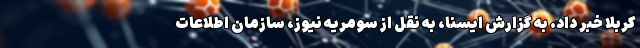
کربلا خبر داد. به گزارش ایسنا، به نقل از سومریه نیوز، سازمان اطلاعات